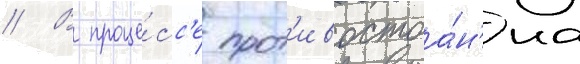
// В проце́сс'е прот'ивостоа́н'иа